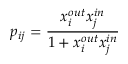
p _ { i j } = \frac { x _ { i } ^ { o u t } x _ { j } ^ { i n } } { 1 + x _ { i } ^ { o u t } x _ { j } ^ { i n } }